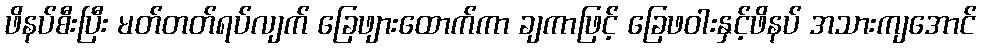
ဖိနပ်စီးပြီး မတ်တတ်ရပ်လျက် ခြေဖျားထောက်ကာ ချကာဖြင့် ခြေဖဝါးနှင့်ဖိနပ် အသားကျအောင်